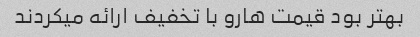
بهتر بود قیمت هارو با تخفیف ارائه میکردند